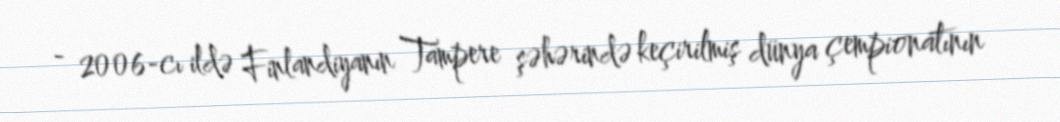
- 2006-cı ildə Finlandiyanın Tampere şəhərində keçirilmiş dünya çempionatının